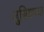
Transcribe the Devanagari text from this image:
लुसियाच्या